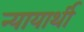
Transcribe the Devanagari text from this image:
न्यायार्थी